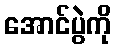
အောင်ပွဲကို